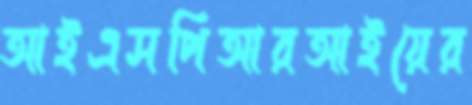
আইএসপিআরআইয়ের